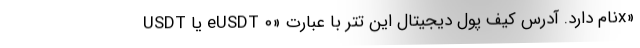
USDT یا eUSDT نام دارد. آدرس کیف پول دیجیتال این تتر با عبارت‌ «۰x»